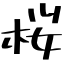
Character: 桜